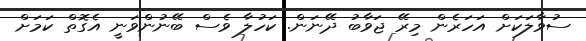
ސުވާލަކަށް އަހަރެން މިރޭ ޖަވާބު ދޭނަން. ކަހުލާ ވެސް ބޭނުންވަނީ އެގޮތް ކަމަށް